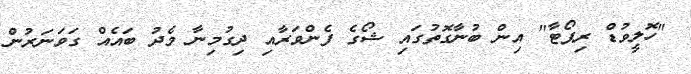
"ހޮލީވުޑް ރިޕޯޓާ" އިން ބުނާގޮތުގައި ޝޯގެ ފެންވަރާއި ދިގުމިނާ މެދު ބައެއް ގަވަނަރުން